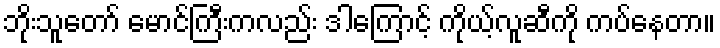
ဘိုးသူတော် မောင်ကြီးကလည်း ဒါကြောင့် ကိုယ့်လူဆီကို ကပ်နေတာ။